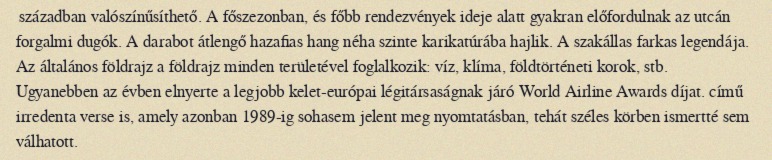
században valószínűsíthető. A főszezonban, és főbb rendezvények ideje alatt gyakran előfordulnak az utcán forgalmi dugók. A darabot átlengő hazafias hang néha szinte karikatúrába hajlik. A szakállas farkas legendája. Az általános földrajz a földrajz minden területével foglalkozik: víz, klíma, földtörténeti korok, stb. Ugyanebben az évben elnyerte a legjobb kelet-európai légitársaságnak járó World Airline Awards díjat. című irredenta verse is, amely azonban 1989-ig sohasem jelent meg nyomtatásban, tehát széles körben ismertté sem válhatott.